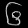
Digit: ၆